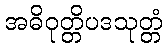
အဓိဝုတ္တိပဒသုတ္တံ